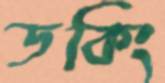
ডকিং